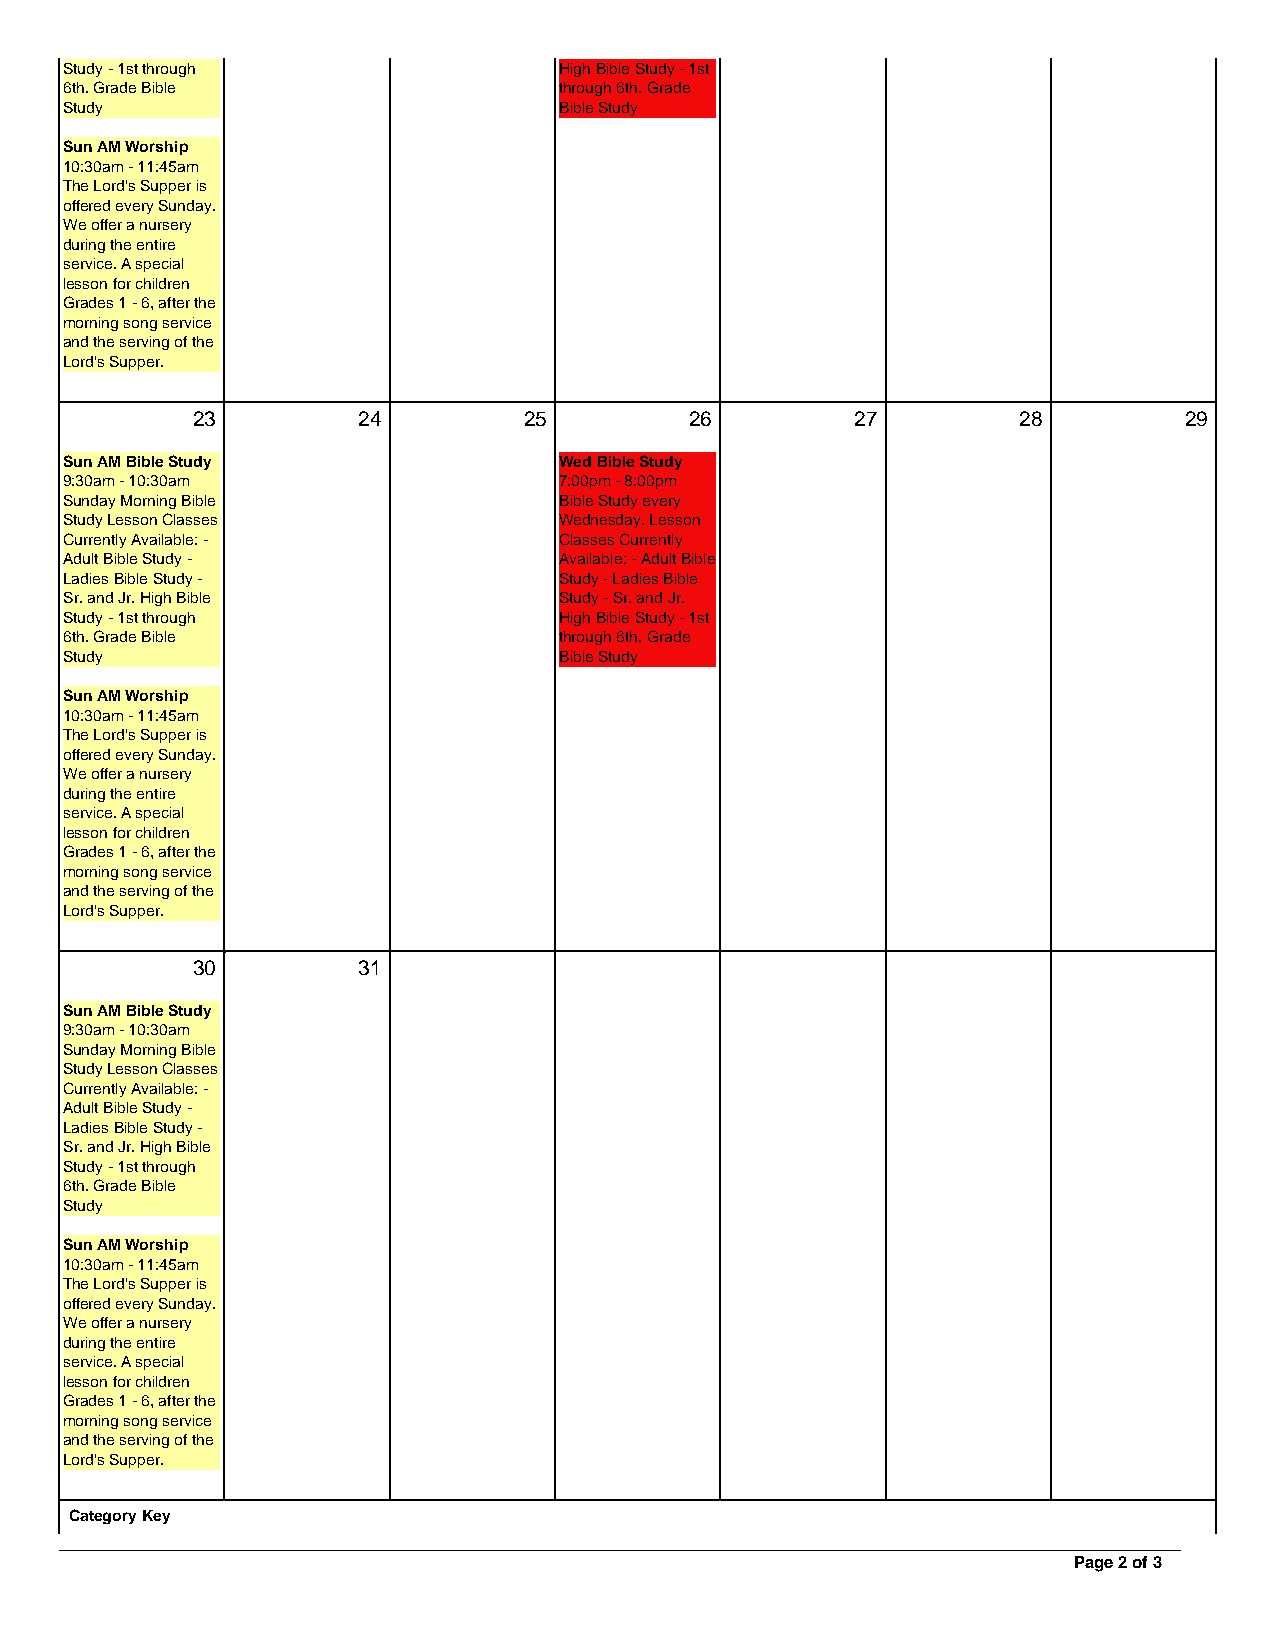
Study - 1st through              High Bible Study - 1st
 6th. Grade Bible                 through 6th. Grade
 Study                            Bible Study
 Sun AM Worship
 10:30am - 11:45am
 The Lord's Supper is
 offered every Sunday.
 We offer a nursery
 during the entire
 service. A special
 lesson for children
 Grades 1 - 6, after the
 morning song service
 and the serving of the
 Lord's Supper.
 23         24         25         26         27        28         29
 Sun AM Bible Study               Wed Bible Study
 9:30am - 10:30am                 7:00pm - 8:00pm
 Sunday Morning Bible             Bible Study every
 Study Lesson Classes             Wednesday. Lesson
 Currently Available: -           Classes Currently
 Adult Bible Study -              Available: - Adult Bible
 Ladies Bible Study -             Study - Ladies Bible
 Sr. and Jr. High Bible           Study - Sr. and Jr.
 Study - 1st through              High Bible Study - 1st
 6th. Grade Bible                 through 6th. Grade
 Study                            Bible Study
 Sun AM Worship
 10:30am - 11:45am
 The Lord's Supper is
 offered every Sunday.
 We offer a nursery
 during the entire
 service. A special
 lesson for children
 Grades 1 - 6, after the
 morning song service
 and the serving of the
 Lord's Supper.
 30         31
 Sun AM Bible Study
 9:30am - 10:30am
 Sunday Morning Bible
 Study Lesson Classes
 Currently Available: -
 Adult Bible Study -
 Ladies Bible Study -
 Sr. and Jr. High Bible
 Study - 1st through
 6th. Grade Bible
 Study
 Sun AM Worship
 10:30am - 11:45am
 The Lord's Supper is
 offered every Sunday.
 We offer a nursery
 during the entire
 service. A special
 lesson for children
 Grades 1 - 6, after the
 morning song service
 and the serving of the
 Lord's Supper.
 Category Key
 Page 2 of 3